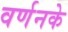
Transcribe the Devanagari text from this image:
वर्णनके